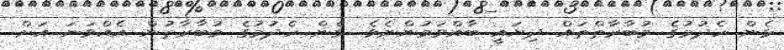
ޅެން ހެދުމުގެ މުބާރާތްތައް ދިޔައީ ބާއްވަމުންނެވެ. ޅެން ހެދުމުގެ މުބާރާތުން އެއްވަނަ އަށް